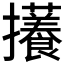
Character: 𪯃